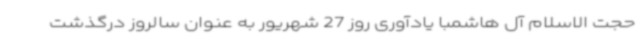
حجت الاسلام آل هاشمبا یادآوری روز 27 شهریور به عنوان سالروز درگذشت